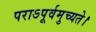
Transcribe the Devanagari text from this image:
पराऽपूर्वमुच्यते।